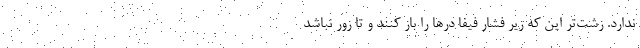
ندارد. زشت‌تر این که زیر فشار فیفا درها را باز کنند و تا زور نباشد